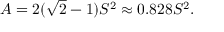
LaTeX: A = 2 ( { \sqrt { 2 } } - 1 ) S ^ { 2 } \approx 0 . 8 2 8 S ^ { 2 } .